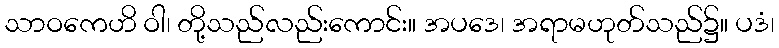
သာဝကေဟိ ဝါ၊ တို့သည်လည်းကောင်း။ အပဒေ၊ အရာမဟုတ်သည်၌။ ပဒံ၊